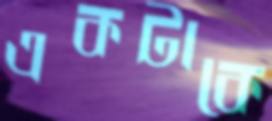
একটাকে